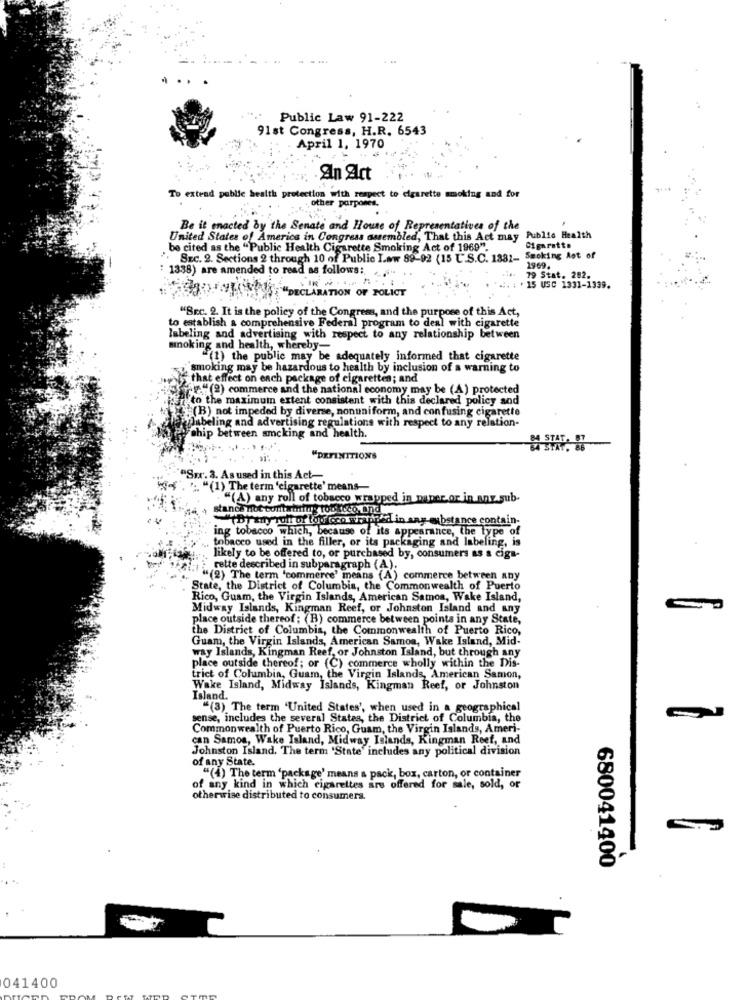
Public Law 91-222
91st Congress, H.R. 6543
- April 1, 1970
An Art
To extend public health protection with respect to cigarette smoking and for
other parpo
Be it enacted by the Senate and House of Representatives of the
United States of America in Congress assembled, That this Act may Public Health
be cited as the "Public Health Cigarette Smoking Act of 1969".
Cigarette
SEC. 2. Sections 2 through 10 of Public Law 89-92 (15 U.S.C. 1881- Smoking Aot of
: 1338) are amended to read as follows:
1969.
.. ...
79 Stat. 282.
15 Usc 1331-1339.
"DECLARATION OF POLICY
"BEC. 2. It is the policy of the Congress, and the purpose of this Act,
to establish a comprehensive Federal program to deal with cigarette
labeling and advertising with respect to any relationship between
mnoking and health, whereby-
"(1) the public may be adequately informed that cigarette
smoking may be hazardous to health by inclusion of a warning to
www is that effect on each package of cigarettes; and
"(2) commerce and the national economy may be (A) protected
to the maximum extent consistent with this declared policy and
"(B) not impeded by diverse, nonuniform, and confusing cigarette
labeling and advertising regulations with respect to any relation-
Chip between amcking and health.
& STAT. IT
"DEFINITIONS
"Spr. 3. As used in this Act-
"(1) The term 'cigarette' means-
"(A) any roll of tobacco wrayped in water or in any sub-
stanca not contaminy touloco. And
""Byany rolf of tow cco wrapped in any-substance contain-
ing tobacco which, because of its appearance, the type of
tobacco used in the filler, or its packaging and labeling, is
likely to be offered to, or purchased by, consumers as a ciga-
rette described in subparagraph (A).
"(2) The term 'commerce' means (A) commerce between any
State, the District of Columbia, the Commonwealth of Puerto
Rico, Guam, the Virgin Islands, American Samoa, Wake Island,
Midway Islands, Kingman Reef, or Johnston Island and any
place outside thereof; (B) commerce between points in any State,
the District of Columbia, the Commonwealth of Puerto Rico,
Guam, the Virgin Islands, American Samoa, Wake Island, Mid-
way Islands, Kingman Reef, or Johnston Island, but through any
place outside thereof; or (C) commerce wholly within the Dis-
trict of Columbia, Guam, the Virgin Islands, American Samon,
Wake Island, Midway Islands, Kingman Reef, or Johnston
Island.
"(3) The term 'United States', when used in a geographical
sense, includes the several States, the District of Columbia, the
Commonwealth of Puerto Rico, Guam, the Virgin Islands, Ameri-
can Samos, Wake Island, Midway Islands, Kingman Reef, and
Johnston Island. The term 'State' includes any political division
of any State.
"(4) The term 'package' means a pack, box, carton, or container
of any kind in which cigarettes aru offered for sale, sold, or
otherwise distributed to consumers.
680041400
041400